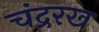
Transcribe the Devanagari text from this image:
चंद्ररख